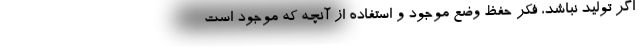
اگر تولید نباشد، فکرِ حفظِ وضع موجود و استفاده از آنچه که موجود است